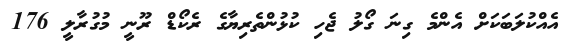
އެއްކުލަބަކަށް އެންމެ ގިނަ ގޯލު ޖެހި ކުޅުންތެރިޔާގެ ރެކޯޑް ރޫނީ މުގުރާލީ 176